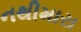
નથીમારા